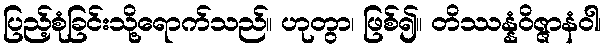
ပြည့်စုံခြင်းသို့ရောက်သည်။ ဟုတွာ၊ ဖြစ်၍။ တိဿန္နံဝိဇ္ဇာနံဝါ၊